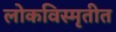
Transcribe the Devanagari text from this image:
लोकविस्मृतीत